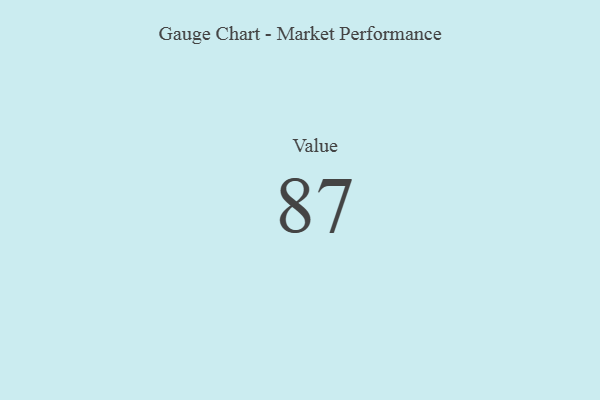
{"axis": {"x": "Metric", "y": "Value"}, "legend": [""], "data": [{"x": "Value", "y": 87, "type": ""}]}